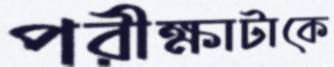
পরীক্ষাটাকে